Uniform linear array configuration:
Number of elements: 48
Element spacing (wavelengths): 1
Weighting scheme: hann
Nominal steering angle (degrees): -30
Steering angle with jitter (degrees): -28.262
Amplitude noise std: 0.05
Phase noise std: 0.05

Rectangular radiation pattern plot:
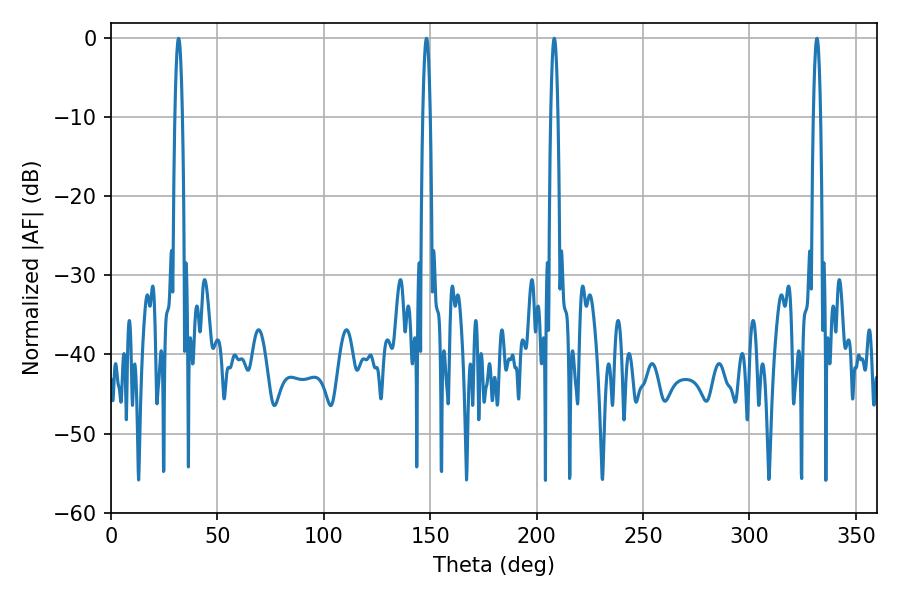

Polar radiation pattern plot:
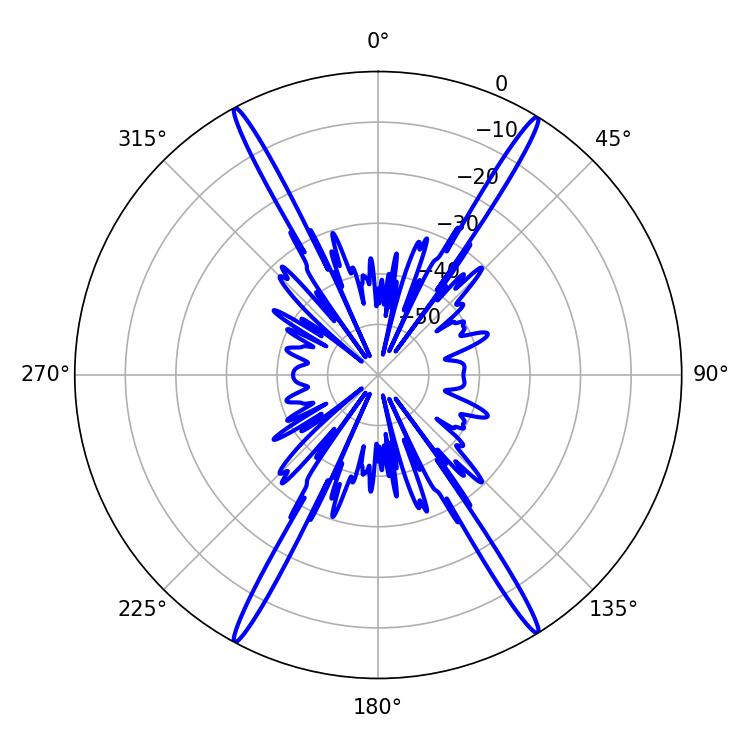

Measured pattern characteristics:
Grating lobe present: TRUE
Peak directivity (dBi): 25.893
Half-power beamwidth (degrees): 1.8
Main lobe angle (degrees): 208.26